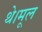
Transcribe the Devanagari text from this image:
थे।मूल